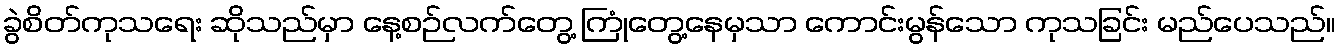
ခွဲစိတ်ကုသရေး ဆိုသည်မှာ နေ့စဉ်လက်တွေ့ ကြုံတွေ့နေမှသာ ကောင်းမွန်သော ကုသခြင်း မည်ပေသည်။